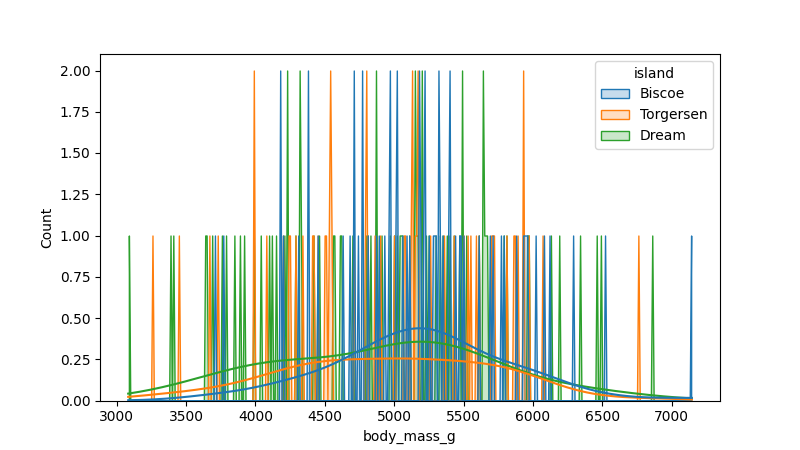
python, seaborn, histplot, hue='island', binwidth=10, bins='auto', element='poly'